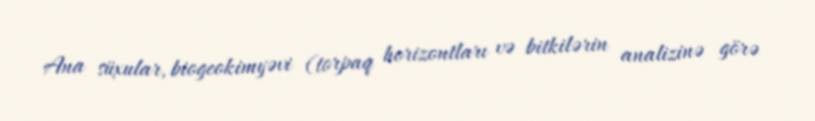
Ana süxular, biogeokimyəvi (torpaq horizontları və bitkilərin analizinə görə